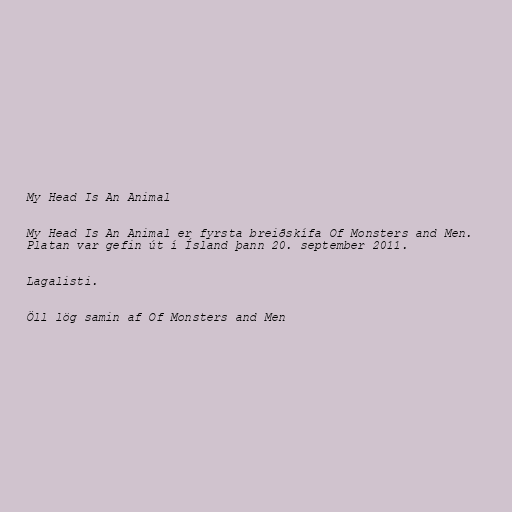
My Head Is An Animal

My Head Is An Animal er fyrsta breiðskífa Of Monsters and Men.
Platan var gefin út í Ísland þann 20. september 2011.

Lagalisti.

Öll lög samin af Of Monsters and Men